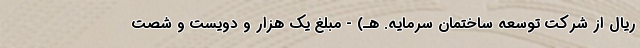
ریال از شرکت توسعه ساختمان سرمایه. هـ) - مبلغ یک هزار و دویست و شصت